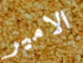
الامير